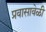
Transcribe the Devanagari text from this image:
प्रवासावेळी